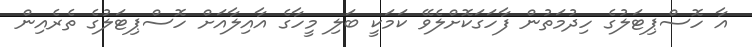
އާ ހޮސްޕިޓަލުގެ ހިދުމަތުން ފާހަގަކޮށްލެވޭ ކަމަކީ ބަލި މީހާގެ އާއިލާއަށް ހޮސްޕިޓަލުގެ ތެރެެއިން